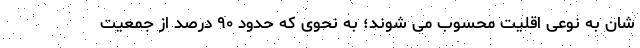
شان به نوعی اقلیت محسوب می شوند؛ به نحوی که حدود ۹۰ درصد از جمعیت